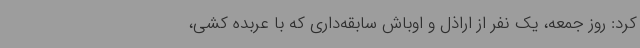
کرد: روز جمعه، یک نفر از اراذل و اوباش سابقه‌داری که با عربده کشی،